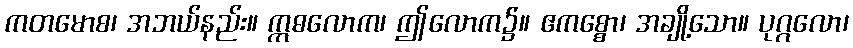
ကတမောစ၊ အဘယ်နည်း။ ဣဓလောက၊ ဤလောက၌။ ဧကစ္စော၊ အချို့သော။ ပုဂ္ဂလော၊